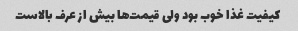
کیفیت غذا خوب بود ولی قیمت‌ها بیش از عرف بالاست